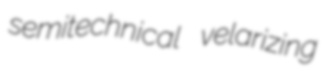
semitechnical velarizing